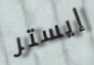
إيستر